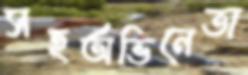
সহঅভিনেতা